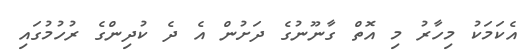
އެކަމަކު މިހާރު މި އޮތް ގާނޫނުގެ ދަށުން އެ ދެ ކުދިންގެ ރުހުމުގައި